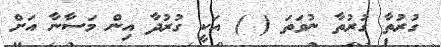
ގުރުތާ ގުރުތާ ނުވަތަ ( ) އަކީ ގުރުދާ އިން މަސާނާ އަށް